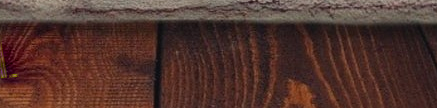
UNDER NEW MGMT